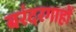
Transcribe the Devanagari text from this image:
बरंदरगाहों